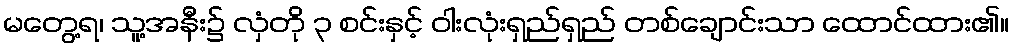
မတွေ့ရ၊ သူ့အနီး၌ လှံတို ၃ စင်းနှင့် ဝါးလုံးရှည်ရှည် တစ်ချောင်းသာ ထောင်ထား၏။